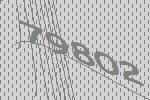
79802